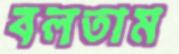
বলতাম